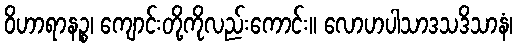
ဝိဟာရာနဉ္စ၊ ကျောင်းတို့ကိုလည်းကောင်း။ လောဟပါသာဒသဒိသာနံ၊